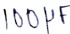
Text: 100µF